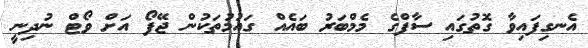
އެނގިފައިވާ ގޮތުގައި ސާފްގެ މެމްބަރު ބައެއް ގައުމުތަކުން ޖޭފޯ އަށް ވޯޓް ނުދިނީ